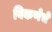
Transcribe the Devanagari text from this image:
विकणेचे